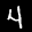
Label: 4